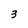
Character: 3